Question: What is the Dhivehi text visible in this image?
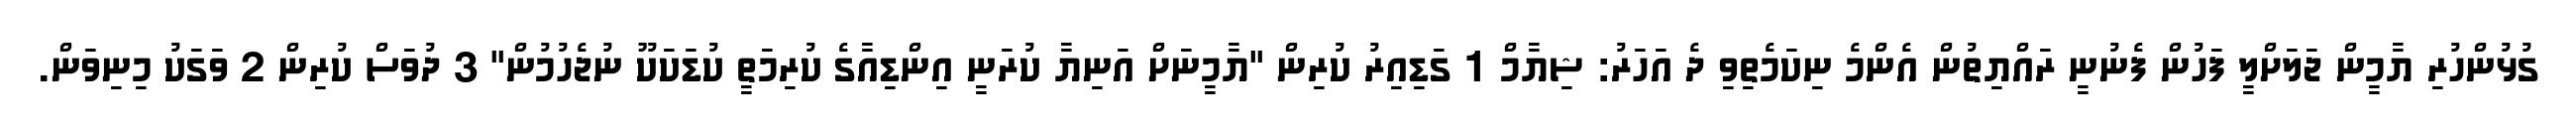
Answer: ގުޅުންހުރި ޔާމީން ޖަލަށްލީ ފަހުން ފެނުނީ ރައްޔިތުން އެންމެ ނިކަމެތިވި ދެ އަހަރު: ޝިޔާމް 1 ގަޑިއިރު ކުރިން "ޔާމީނަށް އަނިޔާ ކުރަނީ އިންޑިއާގެ ކުރިމަތީ ކުޑަކަކޫ ނުޖެހުމުން" 3 ދުވަސް ކުރިން 2 ވަގަކު މިނިވަން.